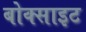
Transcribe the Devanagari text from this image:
बोक्साइट